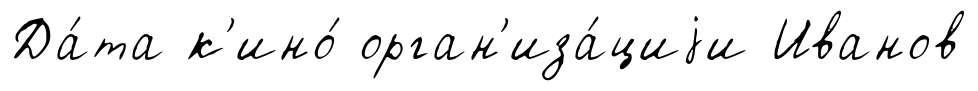
Да́та к'ино́ орган'иза́циjи Иванов